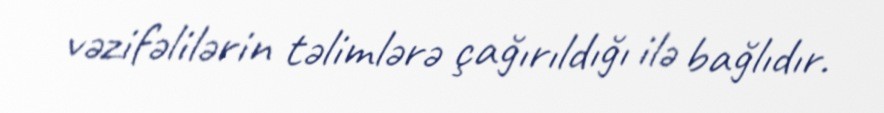
vəzifəlilərin təlimlərə çağırıldığı ilə bağlıdır.